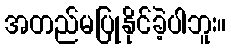
အတည်မပြုနိုင်ခဲ့ပါဘူး။